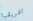
افريقيا